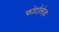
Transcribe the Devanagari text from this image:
फोर्टालेज़ा